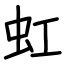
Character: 虹